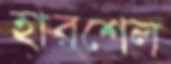
হারশেল